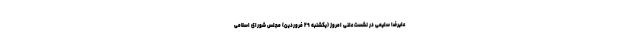
علیرضا سلیمی در نشست علنی امروز (یکشنبه ۲۹ فروردین) مجلس شورای اسلامی